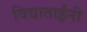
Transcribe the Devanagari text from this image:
विद्याताईंनी